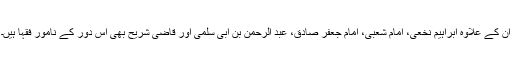
ان کے علاوہ ابراہیم نخعی، امام شعبی، امام جعفر صادق، عبد الرحمن بن ابی سلمی اور قاضی شریح بھی اس دور کے نامور فقہا ہیں۔